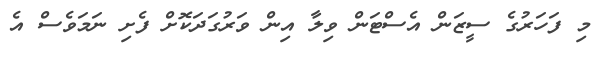
މި ފަހަރުގެ ސީޒަން އެސްޓަން ވިލާ އިން ވަރުގަދަކޮށް ފެށި ނަމަވެސް އެ